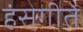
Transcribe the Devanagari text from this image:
हंसगीते